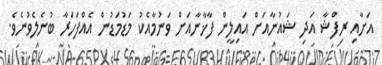
އަށާއި ރިފްޝާ އަދި ޝައުނާއަށް އައިލީން ފާޚާނާއަށް ވަނުމާއެކު މަޑުމަޑުން އެއްފަހަރާ ބުނެލެވުނެވެ.